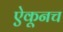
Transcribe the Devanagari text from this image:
ऐकूनच